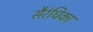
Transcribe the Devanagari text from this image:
सैरंधिका